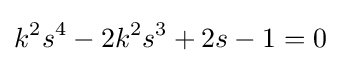
k^{2}s^{4}-2k^{2}s^{3}+2s-1=0